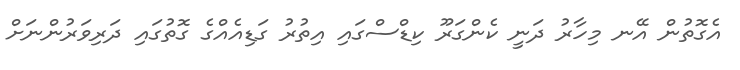
އެގޮތުން އޭނ މިހާރު ދަނީ ކެންގަރޫ ކިޑްސްގައި އިތުރު ގަޑިއެއްގެ ގޮތުގައި ދަރިވަރުންނަށް